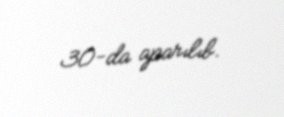
30-da aparılıb.